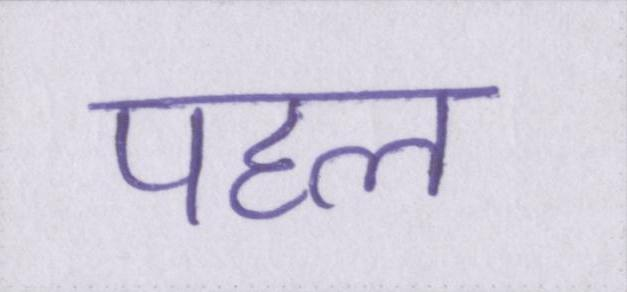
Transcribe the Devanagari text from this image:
पहल